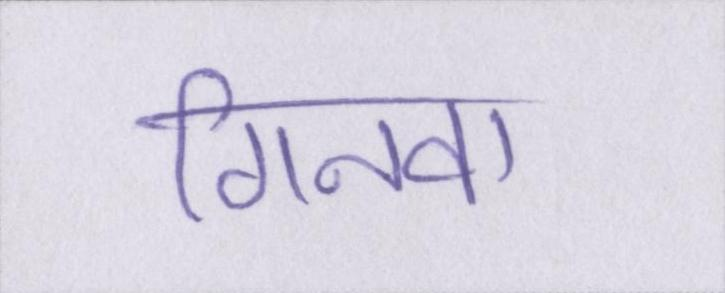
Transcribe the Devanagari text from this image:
गिनवा